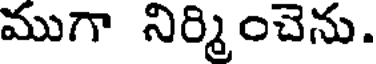
ముగా నిర్మించెను.